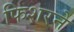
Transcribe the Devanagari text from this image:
फिशरने